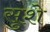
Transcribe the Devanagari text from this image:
सुशे